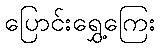
ပြောင်းရွှေ့ကြေး